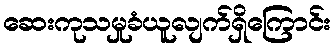
ဆေးကုသမှုခံယူလျက်ရှိကြောင်း